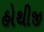
હોથીજી